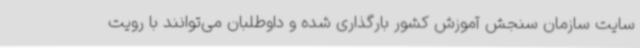
سایت سازمان سنجش آموزش کشور بارگذاری شده و داوطلبان می‌توانند با رویت